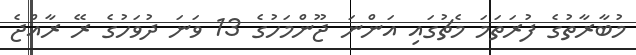
މުބާރާތުގެ ފުރަތަމަ މެޗުގައި އަންނަ ޖޫންމަހުގެ 13 ވަނަ ދުވަހުގެ ރޭ ރާއްޖެ